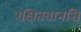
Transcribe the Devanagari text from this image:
रक्षितवानसि